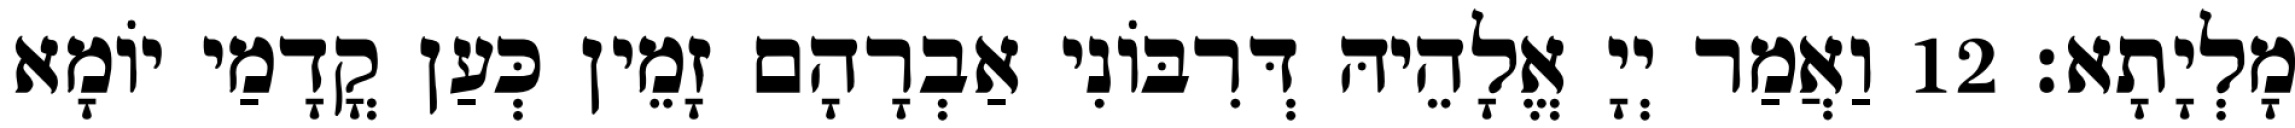
מָלְיָתָא׃ 12 וַאֲמַר יְיָ אֱלָהֵיהּ דְּרִבּוֹנִי אַבְרָהָם זָמֵין כְּעַן קֳדָמַי יוֹמָא